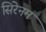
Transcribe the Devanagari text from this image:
सिरेनम